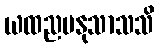
ယထညမနုသာသသိ